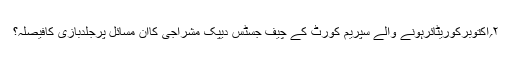
۲؍اکتوبرکوریٹائرہونے والے سپریم کورٹ کے چیف جسٹس دیپک مشراجی کاان مسائل پرجلدبازی کافیصلہ؟